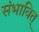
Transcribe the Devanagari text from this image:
संभावित्